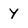
Character: Y